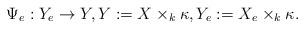
LaTeX: \begin{align*}\Psi_e: Y_e \to Y, Y:=X \times_k \kappa, Y_e:=X_e \times_k \kappa. \end{align*}